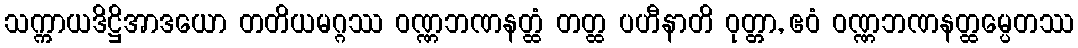
သက္ကာယဒိဋ္ဌိအာဒယော တတိယမဂ္ဂဿ ဝဏ္ဏဘဏနတ္ထံ တတ္ထ ပဟီနာတိ ဝုတ္တာ, ဧဝံ ဝဏ္ဏဘဏနတ္ထမ္ပေတဿ